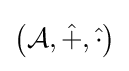
\left({\mathcal {A}},{\hat {+}},{\hat {\cdot }}\right)